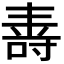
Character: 𭉠